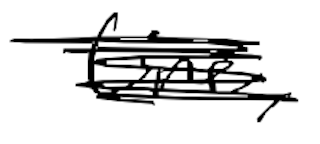
Text: line,
Cross-out: scratch
Writing tool: digital_black